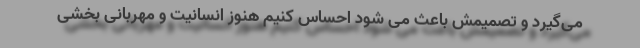
می‌گیرد و تصمیمش باعث می شود احساس کنیم هنوز انسانیت و مهربانی بخشی